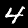
Digit: 4